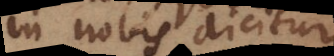
in nobis dicitur